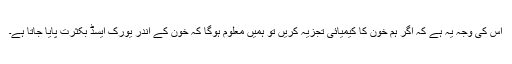
اس کی وجہ یہ ہے کہ اگر ہم خون کا کیمیائی تجزیہ کریں تو ہمیں معلوم ہوگا کہ خون کے اندر یورک ایسڈ بکثرت پایا جاتا ہے۔